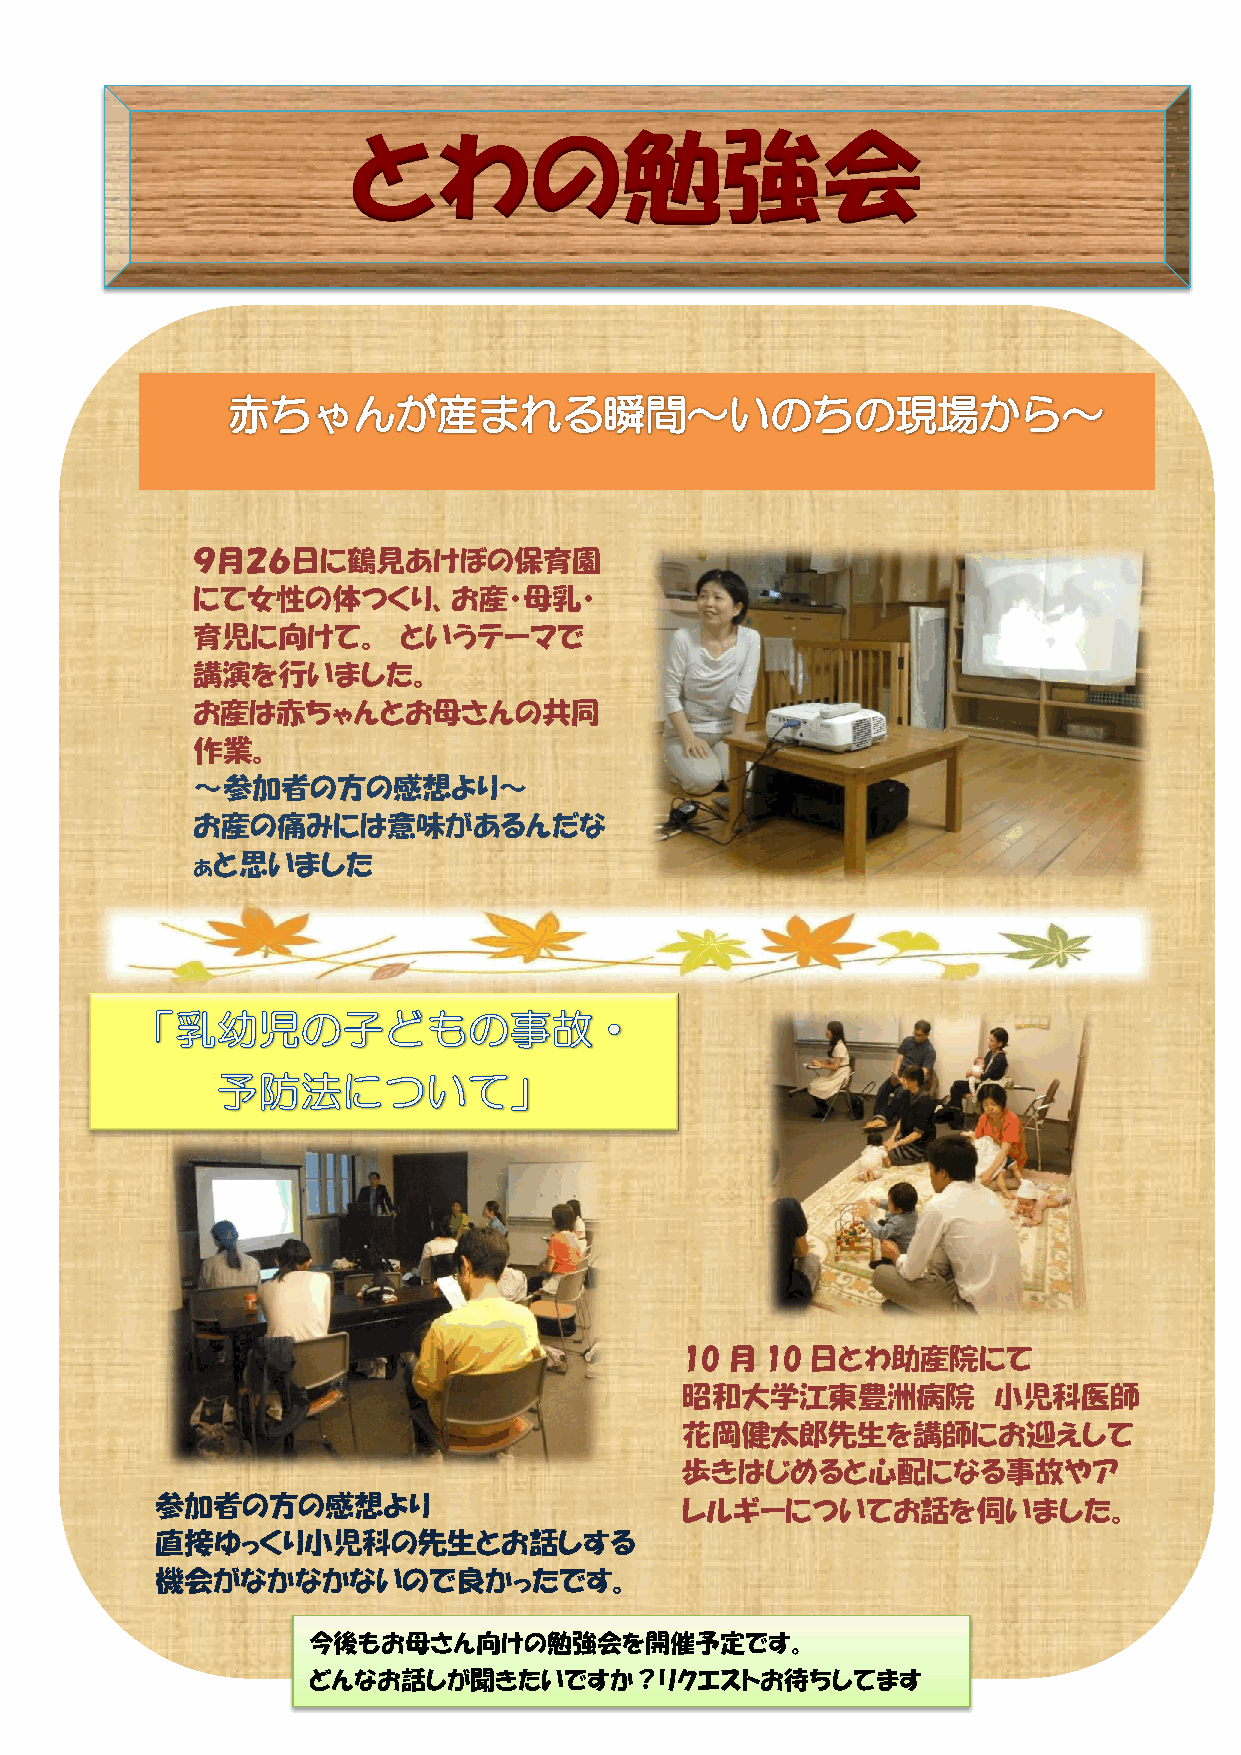
とわの勉強会
 ９月２６日に鶴見あけぼの保育園
 にて女性の体つくり、お産・母乳・
 育児に向けて。      というテーマで
 講演を行いました。
 お産は赤ちゃんとお母さんの共同
 作業。
 ～参加者の方の感想より～
 お産の痛みには意味があるんだな
 ぁと思いました
 10 月  10 日とわ助産院にて
 昭和大学江東豊洲病院           小児科医師
 花岡健太郎先生を講師にお迎えして
 歩きはじめると心配になる事故やア
 参加者の方の感想より                         レルギーについてお話を伺いました。
 直接ゆっくり小児科の先生とお話しする
 機会がなかなかないので良かったです。
 今後もお母さん向けの勉強会を開催予定です。
 どんなお話しが聞きたいですか？リクエストお待ちしてます